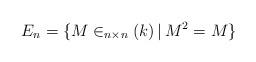
LaTeX: \begin{align*}E_n=\{M\in _{n\times n}(k)\,|\, M^2=M\}\end{align*}